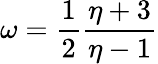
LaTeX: \omega=\frac{1}{2}\frac{\eta+3}{\eta-1}